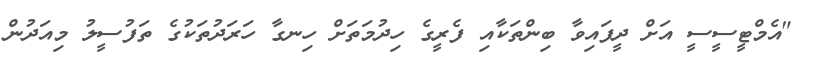
"އެމްޓީސީސީ އަށް ދީފައިވާ ބިންތަކާއި ފެރީގެ ހިދުމަތަށް ހިނގާ ހަރަދުތަކުގެ ތަފުސީލު މިއަދުން